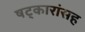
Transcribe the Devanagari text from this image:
षट्कारांसह